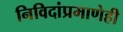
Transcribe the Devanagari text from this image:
निविदांप्रमाणेही